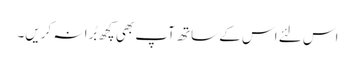
اس لئے اس کے ساتھ آپ بھی کچھ بُرا نہ کریں۔